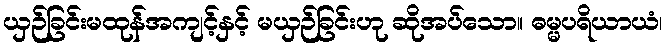
ယှဉ်ခြင်းမထုန်အကျင့်နှင့် မယှဉ်ခြင်းဟု ဆိုအပ်သော။ ဓမ္မပရိယာယံ၊